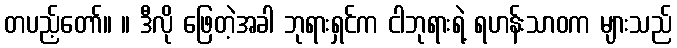
တပည့်တော်။ ။ ဒီလို ဖြေတဲ့အခါ ဘုရားရှင်က ငါဘုရားရဲ့ ရဟန်းသာဝက များသည်